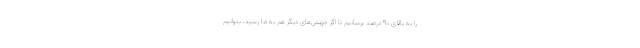
را به بالای ۹۰ درصد برسانیم تا اگر جهش‌های دیگر هم به ما رسید، بتوانیم